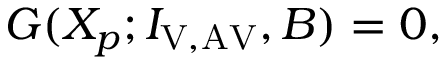
\begin{array} { r } { G ( X _ { p } ; I _ { \mathrm { V , A V } } , B ) = 0 , } \end{array}